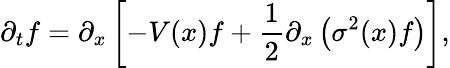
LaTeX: \partial_{t}f=\partial_{x}\left[-V(x)f+\frac{1}{2}\partial_{x}\left(\sigma^{2}(x)f\right)\right],